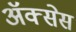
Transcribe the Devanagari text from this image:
अॅक्सेस